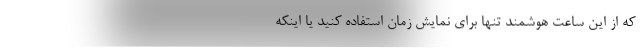
که از این ساعت هوشمند تنها برای نمایش زمان استفاده کنید یا اینکه